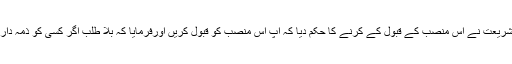
آخر ان کے استاذ فقیہ امت حضرت مولانا عبدالصمد صاحب نائب امیر شریعت نے اس منصب کے قبول کے کرنے کا حکم دیا کہ آپ اس منصب کو قبول کریں اورفرمایا کہ بلا طلب اگر کسی کو ذمہ داری سپرد کی جاتی ہے تو اللہ کی خاص نصرت اس کے ساتھ ہوتی ہے ۔